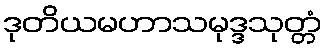
ဒုတိယမဟာသမုဒ္ဒသုတ္တံ